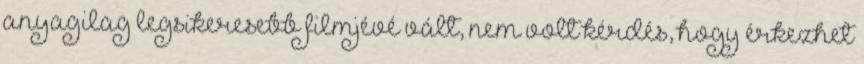
anyagilag legsikeresebb filmjévé vált, nem volt kérdés, hogy érkezhet